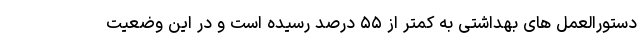
دستورالعمل های بهداشتی به کمتر از ۵۵ درصد رسیده است و در این وضعیت